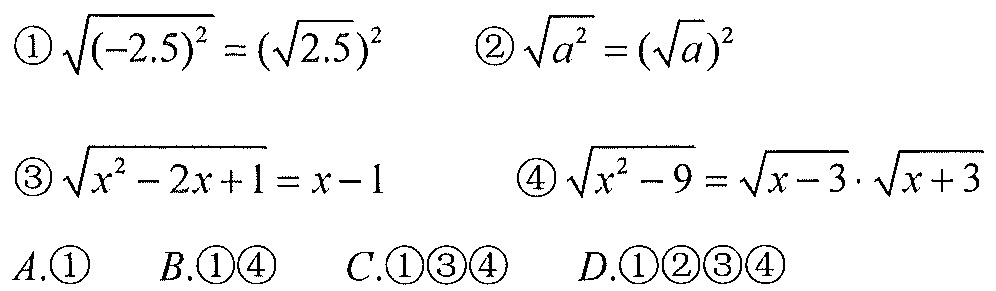
\begin{align*}
&\text{\textcircled{1}}\sqrt{(-2.5)^{2}} = (\sqrt{2.5})^{2}\quad\text{\textcircled{2}}\sqrt{a^{2}} = (\sqrt{a})^{2}\\
&\text{\textcircled{3}}\sqrt{x^{2}-2x + 1}=x - 1\quad\text{\textcircled{4}}\sqrt{x^{2}-9}=\sqrt{x - 3}\cdot\sqrt{x + 3}\\
&A.\text{\textcircled{1}}\quad B.\text{\textcircled{1}\textcircled{4}}\quad C.\text{\textcircled{1}\textcircled{3}\textcircled{4}}\quad D.\text{\textcircled{1}\textcircled{2}\textcircled{3}\textcircled{4}}
\end{align*}